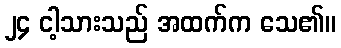
၂၄ ငါ့သားသည် အထက်က သေ၏။